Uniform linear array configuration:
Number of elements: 16
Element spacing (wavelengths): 0.25
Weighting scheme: hann
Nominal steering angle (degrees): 60
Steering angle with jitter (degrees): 60.535
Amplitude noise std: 0.05
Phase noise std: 0.05

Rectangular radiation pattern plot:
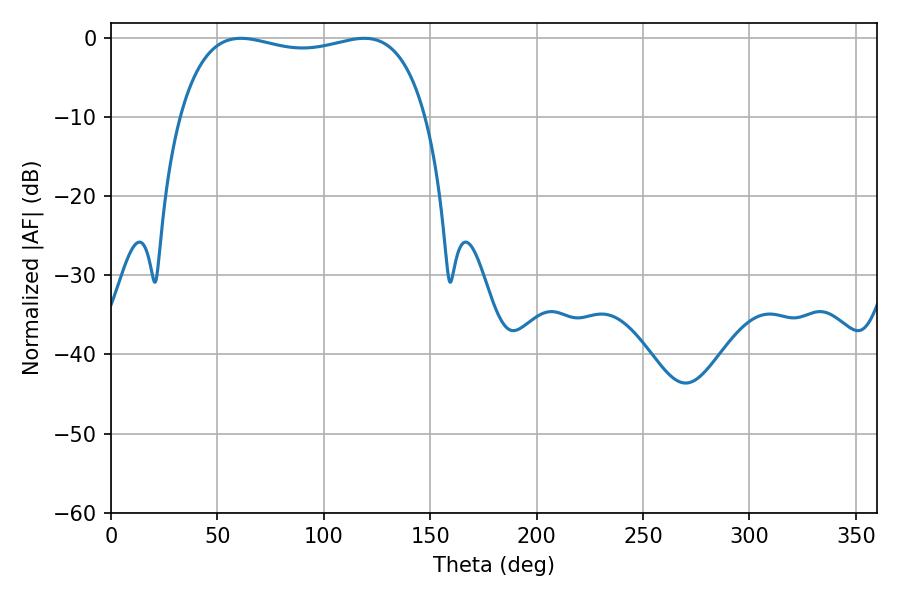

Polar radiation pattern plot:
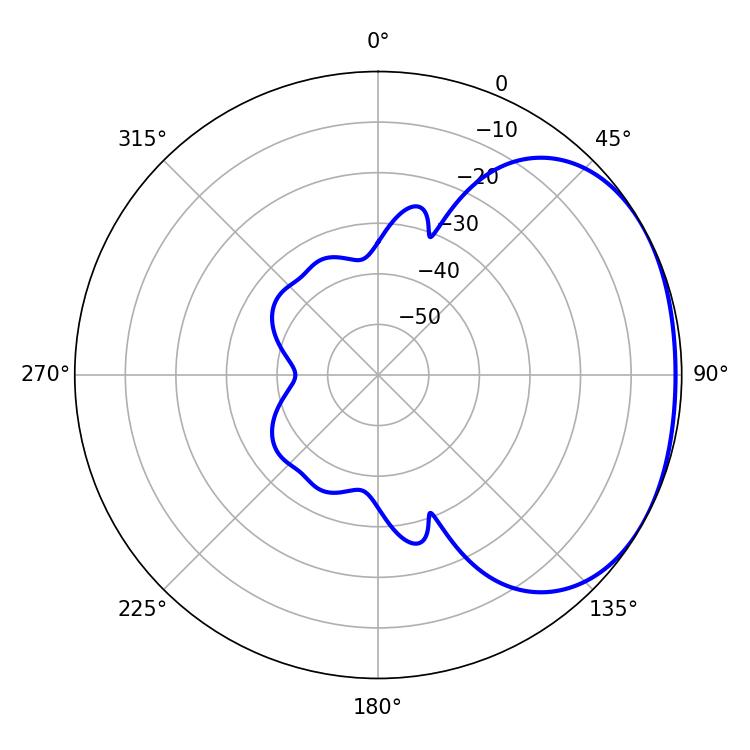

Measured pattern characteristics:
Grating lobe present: FALSE
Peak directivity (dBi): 1.799
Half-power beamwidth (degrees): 93.96
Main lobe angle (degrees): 61.02